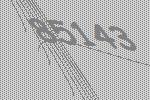
85143